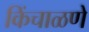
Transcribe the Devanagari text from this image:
किंचाळणे